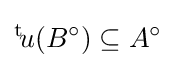
{}^{\text{t}}\!u(B^{\circ })\subseteq A^{\circ }